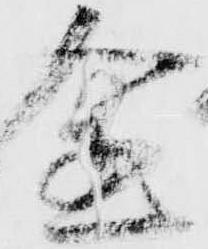
金